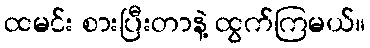
ထမင်း စားပြီးတာနဲ့ ထွက်ကြမယ်။